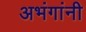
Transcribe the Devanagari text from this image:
अभंगांनी